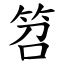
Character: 笤